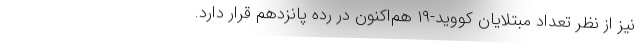
نیز از نظر تعداد مبتلایان کووید-۱۹ هم‌اکنون در رده پانزدهم قرار دارد.